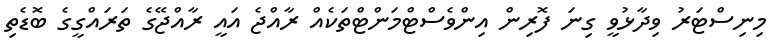
މިނިސްޓަރު ވިދާޅުވީ ގިނަ ފޮރިން އިންވެސްޓްމަންޓްތަކެއް ރާއްޖެ އައީ ރާއްޖޭގެ ތަރައްގީގެ ބޮޑެތި